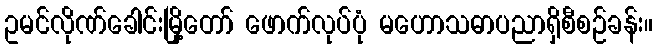
ဥမင်လိုဏ်ခေါင်းမြို့တော် ဖောက်လုပ်ပုံ မဟောသဓာပညာရှိစီစဉ်ခန်း။